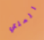
الملكي